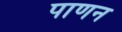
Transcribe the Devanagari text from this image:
पाणन